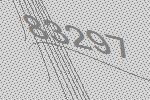
83297